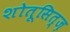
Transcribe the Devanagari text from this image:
शोतूसित्ज़